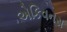
એકિવનસ